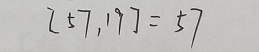
[ 5 7 , 1 9 ] = 5 7